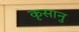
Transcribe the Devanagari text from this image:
कृसानु